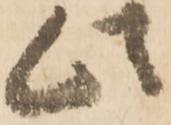
此